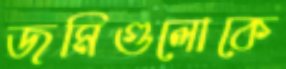
জমিগুলোকে